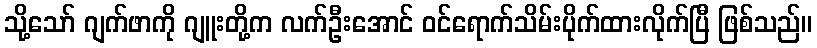
သို့သော် ဂျက်ဖာကို ဂျူးတို့က လက်ဦးအောင် ဝင်ရောက်သိမ်းပိုက်ထားလိုက်ပြီ ဖြစ်သည်။